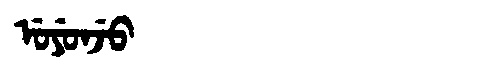
Manchu: ᡠᠶᡠᠨᠵᡠ
Romanization: UYUNJU